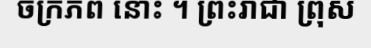
ចក្រភព នោះ ។ ព្រះរាជា ព្រុស